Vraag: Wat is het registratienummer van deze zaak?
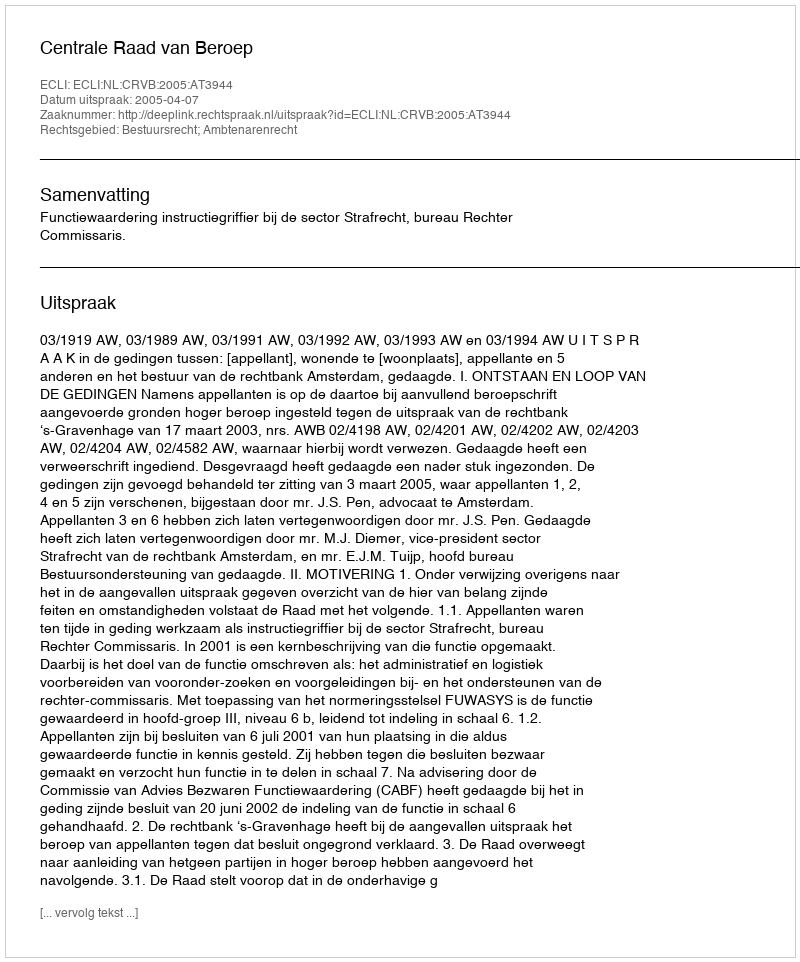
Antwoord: http://deeplink.rechtspraak.nl/uitspraak?id=ECLI:NL:CRVB:2005:AT3944